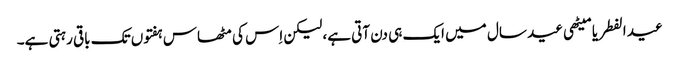
عید الفطر یا میٹھی عید سال میں ایک ہی دن آتی ہے، لیکن اِس کی مٹھاس ہفتوں تک باقی رہتی ہے۔